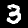
Label: 3